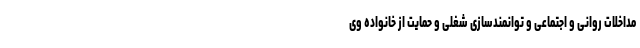
مداخلات روانی و اجتماعی و توانمندسازی شغلی و حمایت از خانواده وی